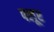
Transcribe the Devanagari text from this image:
फ्लूर